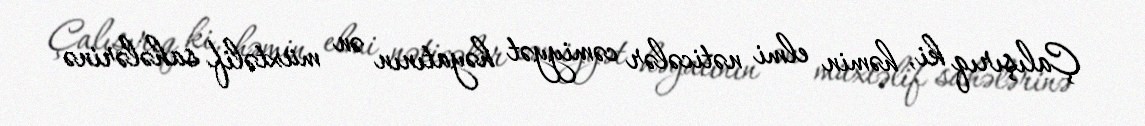
Çalışırıq ki, həmin elmi nəticələr cəmiyyət həyatının ən müxtəlif sahələrinə